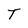
Character: T